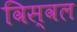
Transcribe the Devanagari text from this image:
विस्वल